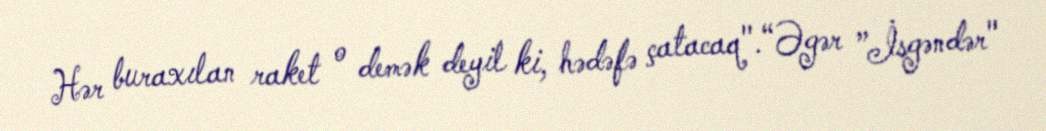
Hər buraxılan raket o demək deyil ki, hədəfə çatacaq".“Əgər ”İsgəndər"